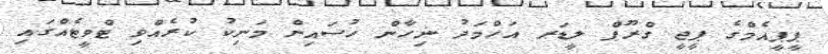
ޕީޕީއެމްގެ ޕީޖީ ގްރޫޕް ލީޑަރ އަހްމަދު ނިހާން ހުސައިން މަނިކު ކުރެއްވި ޓްވީޓެއްގައި